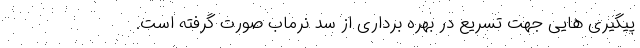
پیگیری هایی جهت تسریع در بهره برداری از سد نرماب صورت گرفته است.